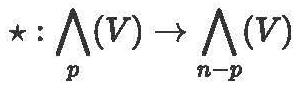
$\star : \bigwedge_{p}(V) \to \bigwedge_{n - p}(V)$